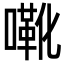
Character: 㗾